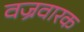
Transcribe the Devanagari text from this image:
वज्रवारक